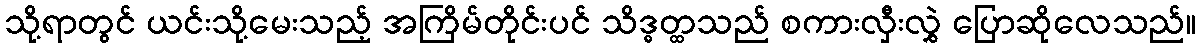
သို့ရာတွင် ယင်းသို့မေးသည့် အကြိမ်တိုင်းပင် သိဒ္ဓတ္ထသည် စကားလှီးလွှဲ ပြောဆိုလေသည်။